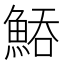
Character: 𩷵